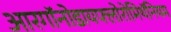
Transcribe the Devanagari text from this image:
आरगॉनोडायफ्लोरोमिथॅनियम